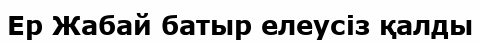
Ер Жабай батыр елеусіз қалды